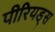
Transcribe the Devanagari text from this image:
पीरियड्स